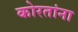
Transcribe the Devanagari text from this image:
कोरतांना